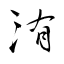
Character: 洧